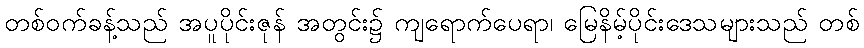
တစ်ဝက်ခန့်သည် အပူပိုင်းဇုန် အတွင်း၌ ကျရောက်ပေရာ၊ မြေနိမ့်ပိုင်းဒေသများသည် တစ်